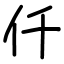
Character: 仟